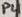
Text: P4